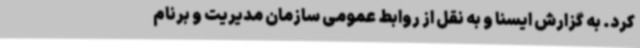
کرد. به گزارش ایسنا و به نقل از روابط عمومی سازمان مدیریت و برنام